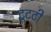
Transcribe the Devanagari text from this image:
टूटटी